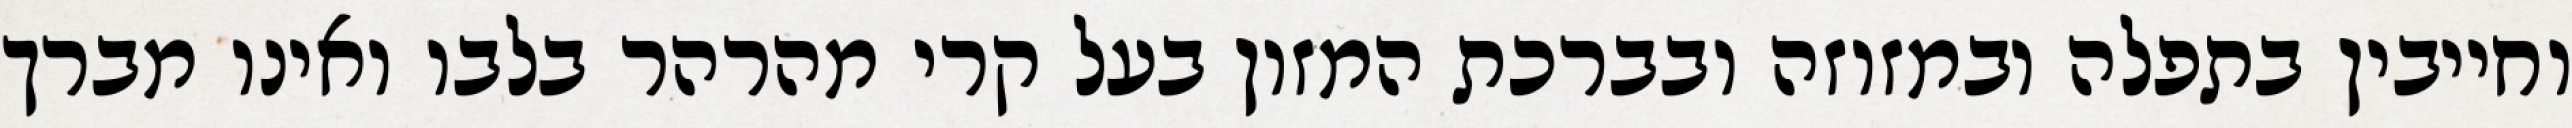
וחייבין בתפלה ובמזוזה ובברכת המזון בעל קרי מהרהר בלבו ואינו מברך